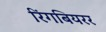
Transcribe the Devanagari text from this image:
रिंगबियरर